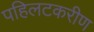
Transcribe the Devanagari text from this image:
पहिलटकरीण